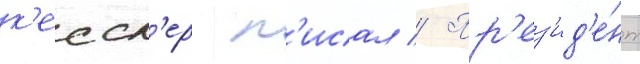
к'ессл'ер п'исал // Пр'ез'ид'е́нт